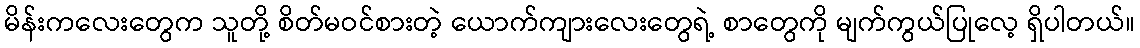
မိန်းကလေးတွေက သူတို့ စိတ်မဝင်စားတဲ့ ယောက်ကျားလေးတွေရဲ့ စာတွေကို မျက်ကွယ်ပြုလေ့ ရှိပါတယ်။